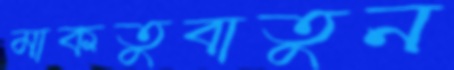
মাকতুবাতুন